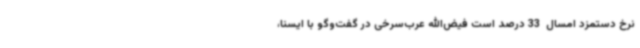
نرخ دستمزد امسال  33 درصد است فیض‌الله عرب‌سرخی در گفت‌وگو با ایسنا،